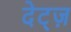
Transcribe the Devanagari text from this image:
देट्ज़